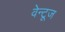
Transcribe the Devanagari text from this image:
वेन्टूज